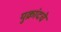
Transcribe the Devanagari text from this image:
युक्रांदचे